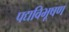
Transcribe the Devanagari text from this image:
पद्यविभूषण